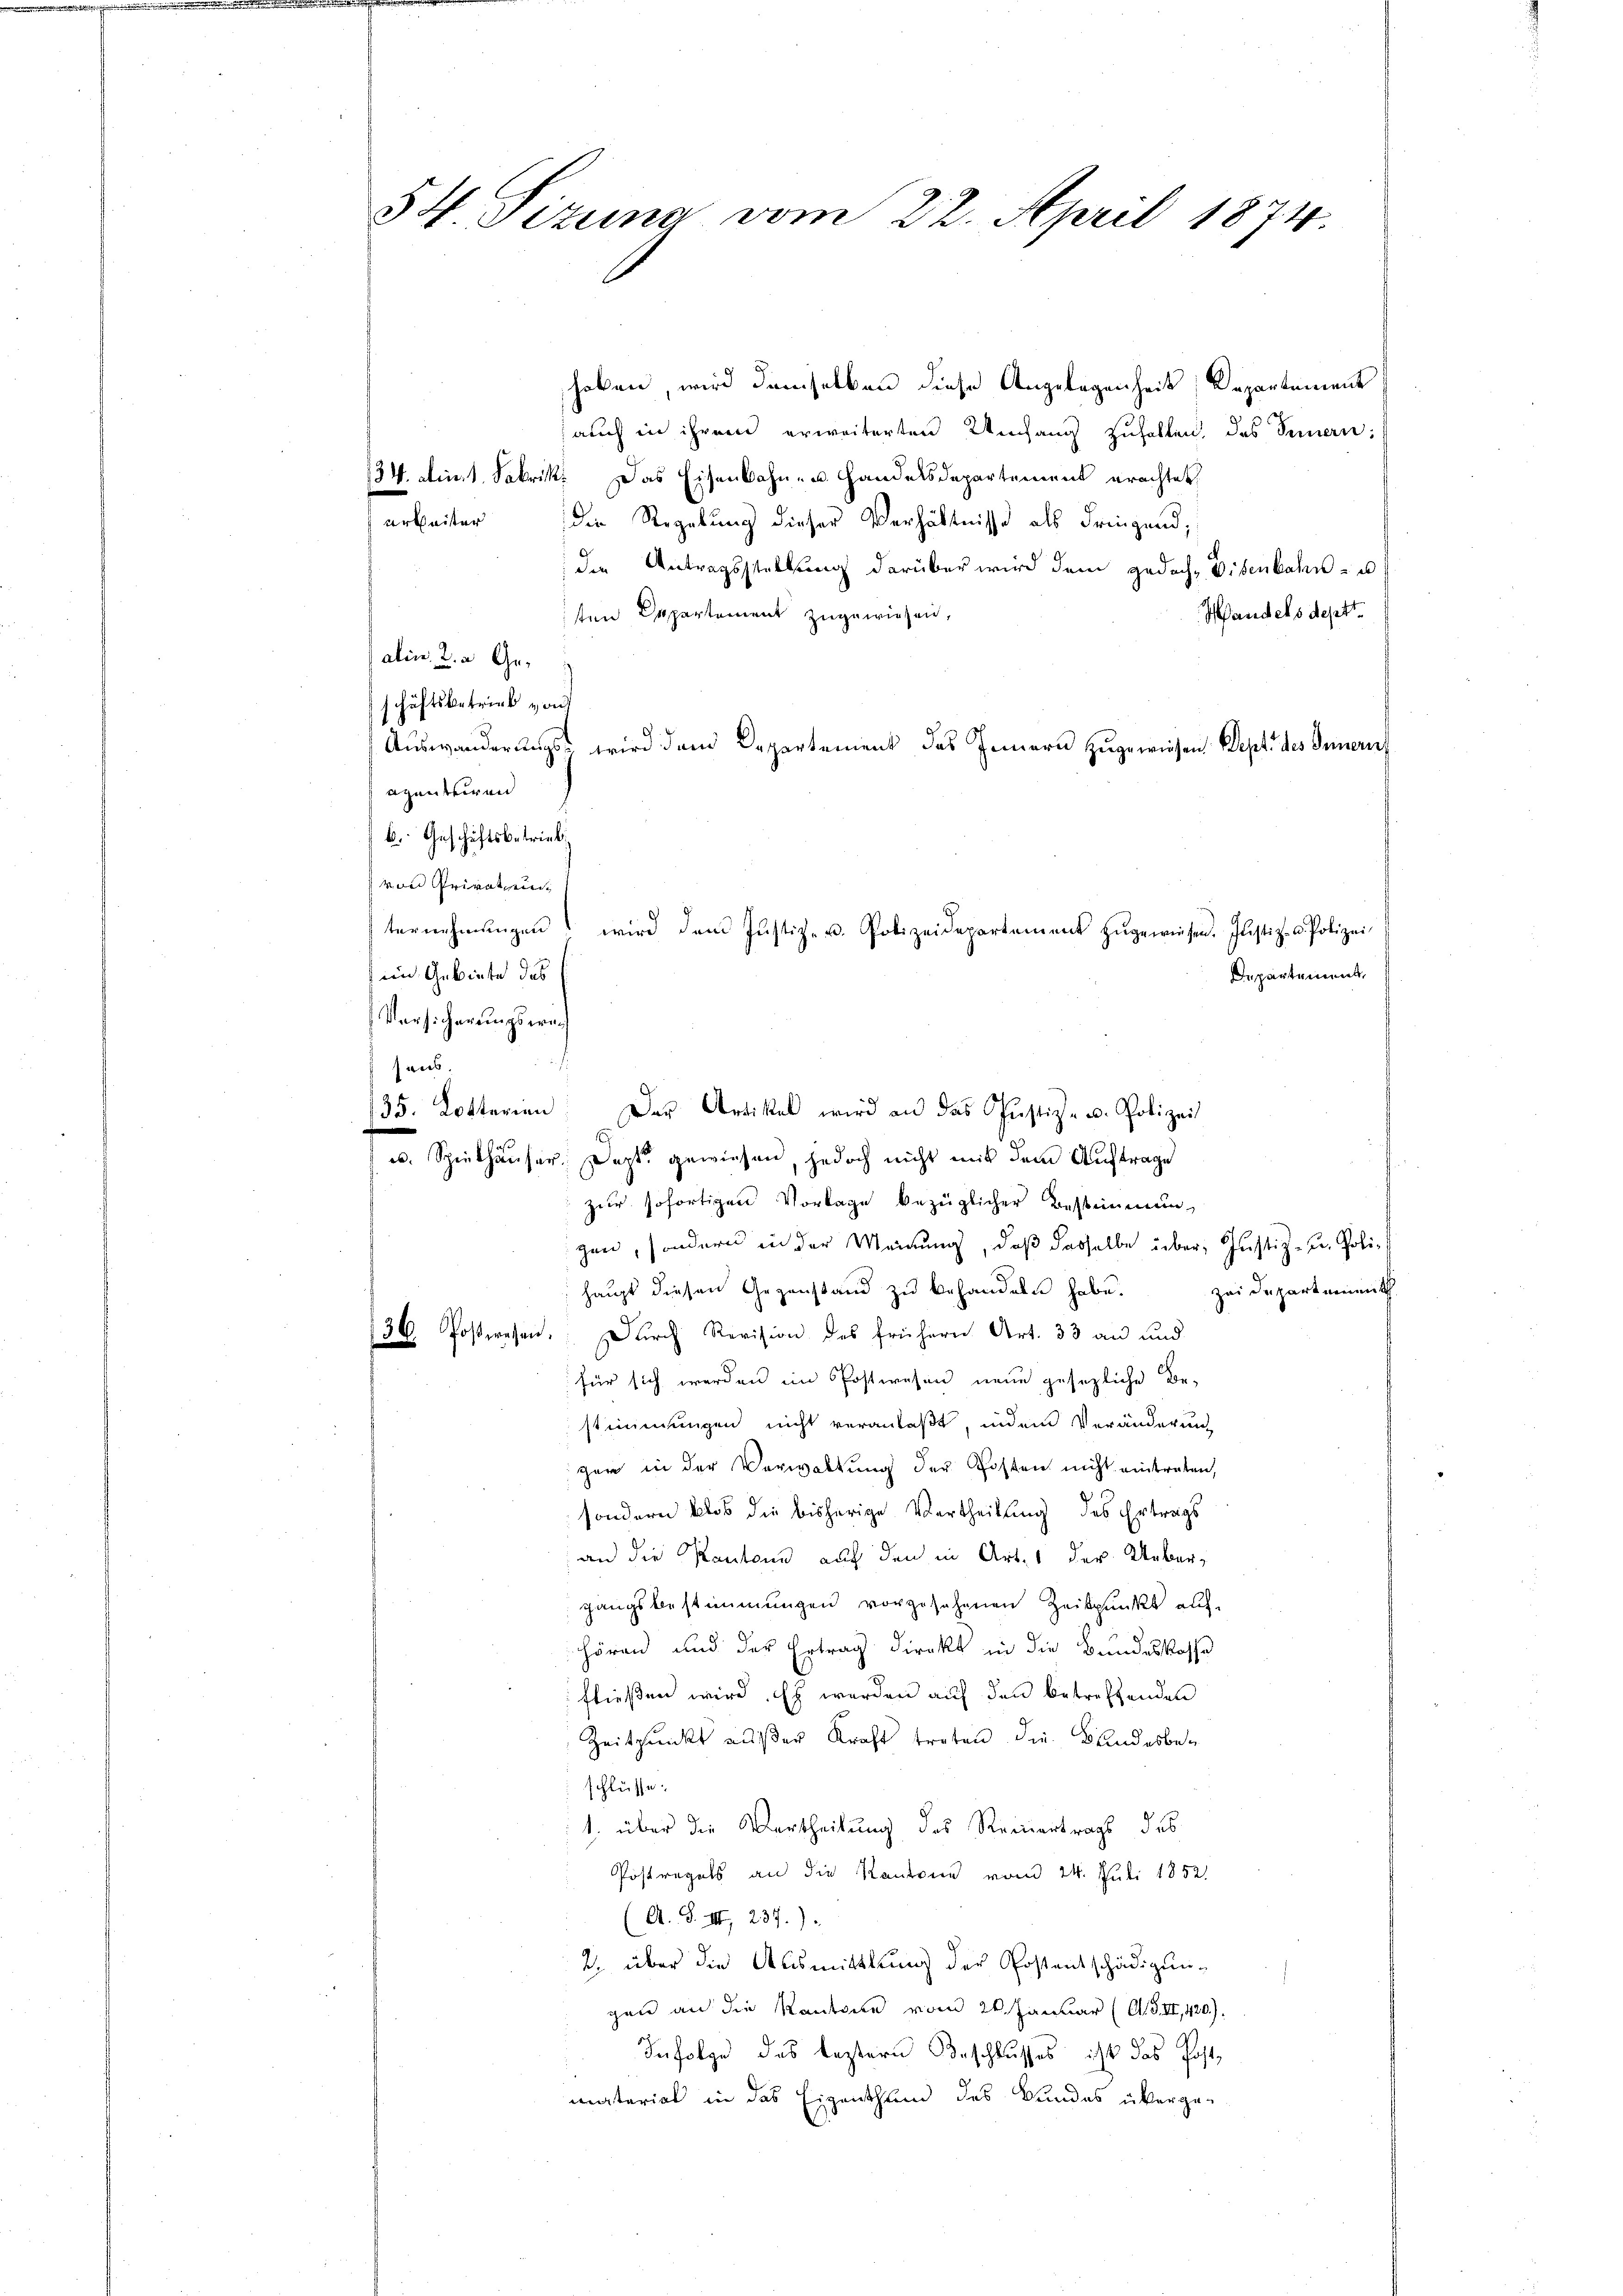
54. Sizung vom 22. April 1874.

haben wird demselben diese Angelegenheit, Departement
auch in ihrem erweiterten Umfang zuhalten, das Seien:
24. Anm. 1. Fabrik. Das Eisenbahn- u. Handelsdepartement erachtet,
arbeiter die Regelung dieser Verhältnisse als dringend,
die Antragsstellung darüber wird dem jedoch Disenbahn- u.
Wandels dept.
1sten Departement zugewiesen,
alin. 2. a. Geschäftsbetrieb von
Auswanderungs- wird dem Departement des Innern zugewiesen Sept. des Innern
azentiren
b. Geschäftsbetrieb
von Privaten
in Gebiete des
Departement
Vorsicherungswach
f
aus.
135. Lotterien: Der Artikel wird an das Justiz- u. Polizei
u. Spielhäuser. Dezt gewiesen, jedoch nicht mit dem Auftrage
zur sofortigen Vorlage bezüglicher Bestimmunzen, sondern in der Meinung, daß dasselbe über Justiz- u. Polihaupt diesen Gegenstand zu behandeln habe. Heidepartementh
36. Postwesen. Durch Revision des frühern Art. 33 an und
für sich werden im Postwesen neue gesezliche Be-
stimmungen nicht veranlaßt, indem Veränderung
gen in der Verwaltung der Posten nicht eintraten,
sondern blos die bisherige Vertheilung des Ertrags
an die Kantone auf den in Art. 1 der Uebergangsbestimmungen vorgesehenen Zeitpunkt auf
hören und der Ertrag direkt in die Bundeskasse
fließen wird. Es werden auf den betreffenden
Zeitpunkt außer Kraft treten die Bundesbeschlüsse.
1. über die Vertheilung des Reinertrags das
Postregals an die Kantone vom 24. Juli 1852.
(A. S. III, 237.)
2. über die Ausmittlung der Postentschädigung
gen an die Kantone vom 26. Januar (AGII, 420).
Infolge des bestern Beschlusses ist das Postmentarial in das Eigenthum des Bundes überge¬

ternehmungen wird dem Justiz- u. Polizeidepartement zŭgewiesen. Justiz- u. Polizei-